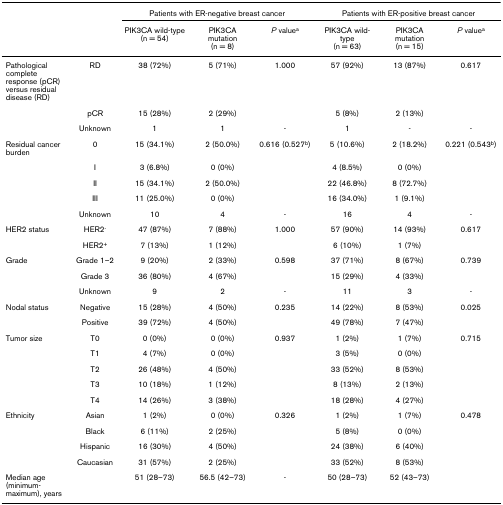
<table><thead><tr><td></td><td></td><td colspan="3"><b>Patients with ER-negative breast cancer</b></td><td colspan="3"><b>Patients with ER-positive breast cancer</b></td></tr><tr><td></td><td></td><td><b>PIK3CA wild-type (n = 54)</b></td><td><b>PIK3CA mutation (n = 8)</b></td><td><b><i>P </i>value<sup>a</sup></b></td><td><b>PIK3CA wild-type (n = 63)</b></td><td><b>PIK3CA mutation (n = 15)</b></td><td><b><i>P </i>value<sup>a</sup></b></td></tr></thead><tbody><tr><td>Pathological complete response (pCR) versus residual disease (RD)</td><td>RD</td><td>38 (72%)</td><td>5 (71%)</td><td>1.000</td><td>57 (92%)</td><td>13 (87%)</td><td>0.617</td></tr><tr><td></td><td>pCR</td><td>15 (28%)</td><td>2 (29%)</td><td></td><td>5 (8%)</td><td>2 (13%)</td><td></td></tr><tr><td></td><td>Unknown</td><td>1</td><td>1</td><td>-</td><td>1</td><td>-</td><td>-</td></tr><tr><td>Residual cancer burden</td><td>0</td><td>15 (34.1%)</td><td>2 (50.0%)</td><td>0.616 (0.527<sup>b</sup>)</td><td>5 (10.6%)</td><td>2 (18.2%)</td><td>0.221 (0.543<sup>b</sup>)</td></tr><tr><td></td><td>I</td><td>3 (6.8%)</td><td>0 (0%)</td><td></td><td>4 (8.5%)</td><td>0 (0%)</td><td></td></tr><tr><td></td><td>II</td><td>15 (34.1%)</td><td>2 (50.0%)</td><td></td><td>22 (46.8%)</td><td>8 (72.7%)</td><td></td></tr><tr><td></td><td>III</td><td>11 (25.0%)</td><td>0 (0%)</td><td></td><td>16 (34.0%)</td><td>1 (9.1%)</td><td></td></tr><tr><td></td><td>Unknown</td><td>10</td><td>4</td><td>-</td><td>16</td><td>4</td><td>-</td></tr><tr><td>HER2 status</td><td>HER2<sup>-</sup></td><td>47 (87%)</td><td>7 (88%)</td><td>1.000</td><td>57 (90%)</td><td>14 (93%)</td><td>0.617</td></tr><tr><td></td><td>HER2<sup>+</sup></td><td>7 (13%)</td><td>1 (12%)</td><td></td><td>6 (10%)</td><td>1 (7%)</td><td></td></tr><tr><td>Grade</td><td>Grade 1–2</td><td>9 (20%)</td><td>2 (33%)</td><td>0.598</td><td>37 (71%)</td><td>8 (67%)</td><td>0.739</td></tr><tr><td></td><td>Grade 3</td><td>36 (80%)</td><td>4 (67%)</td><td></td><td>15 (29%)</td><td>4 (33%)</td><td></td></tr><tr><td></td><td>Unknown</td><td>9</td><td>2</td><td>-</td><td>11</td><td>3</td><td>-</td></tr><tr><td>Nodal status</td><td>Negative</td><td>15 (28%)</td><td>4 (50%)</td><td>0.235</td><td>14 (22%)</td><td>8 (53%)</td><td>0.025</td></tr><tr><td></td><td>Positive</td><td>39 (72%)</td><td>4 (50%)</td><td></td><td>49 (78%)</td><td>7 (47%)</td><td></td></tr><tr><td>Tumor size</td><td>T0</td><td>0 (0%)</td><td>0 (0%)</td><td>0.937</td><td>1 (2%)</td><td>1 (7%)</td><td>0.715</td></tr><tr><td></td><td>T1</td><td>4 (7%)</td><td>0 (0%)</td><td></td><td>3 (5%)</td><td>0 (0%)</td><td></td></tr><tr><td></td><td>T2</td><td>26 (48%)</td><td>4 (50%)</td><td></td><td>33 (52%)</td><td>8 (53%)</td><td></td></tr><tr><td></td><td>T3</td><td>10 (18%)</td><td>1 (12%)</td><td></td><td>8 (13%)</td><td>2 (13%)</td><td></td></tr><tr><td></td><td>T4</td><td>14 (26%)</td><td>3 (38%)</td><td></td><td>18 (28%)</td><td>4 (27%)</td><td></td></tr><tr><td>Ethnicity</td><td>Asian</td><td>1 (2%)</td><td>0 (0%)</td><td>0.326</td><td>1 (2%)</td><td>1 (7%)</td><td>0.478</td></tr><tr><td></td><td>Black</td><td>6 (11%)</td><td>2 (25%)</td><td></td><td>5 (8%)</td><td>0 (0%)</td><td></td></tr><tr><td></td><td>Hispanic</td><td>16 (30%)</td><td>4 (50%)</td><td></td><td>24 (38%)</td><td>6 (40%)</td><td></td></tr><tr><td></td><td>Caucasian</td><td>31 (57%)</td><td>2 (25%)</td><td></td><td>33 (52%)</td><td>8 (53%)</td><td></td></tr><tr><td>Median age (minimum-maximum), years</td><td></td><td>51 (28–73)</td><td>56.5 (42–73)</td><td>-</td><td>50 (28–73)</td><td>52 (43–73)</td><td></td></tr></tbody></table>